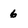
Character: 6